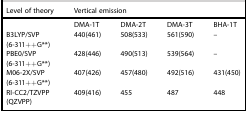
| Level of theory | Vertical emission |  |  |  |
 | --- | --- | --- | --- | --- |
 |  | DMA-1T | DMA-2T | DMA-3T | BHA-1T |
 | B3LYP/SVP (6-311++G**) | 440(461) | 508(533) | 561(590) | – |
 | PBE0/SVP (6-311++G**) | 428(446) | 490(513) | 539(564) | – |
 | M06-2X/SVP (6-311++G**) | 407(426) | 457(480) | 492(516) | 431(450) |
 | RI-CC2/TZVPP (QZVPP) | 409(416) | 455 | 487 | 448 |